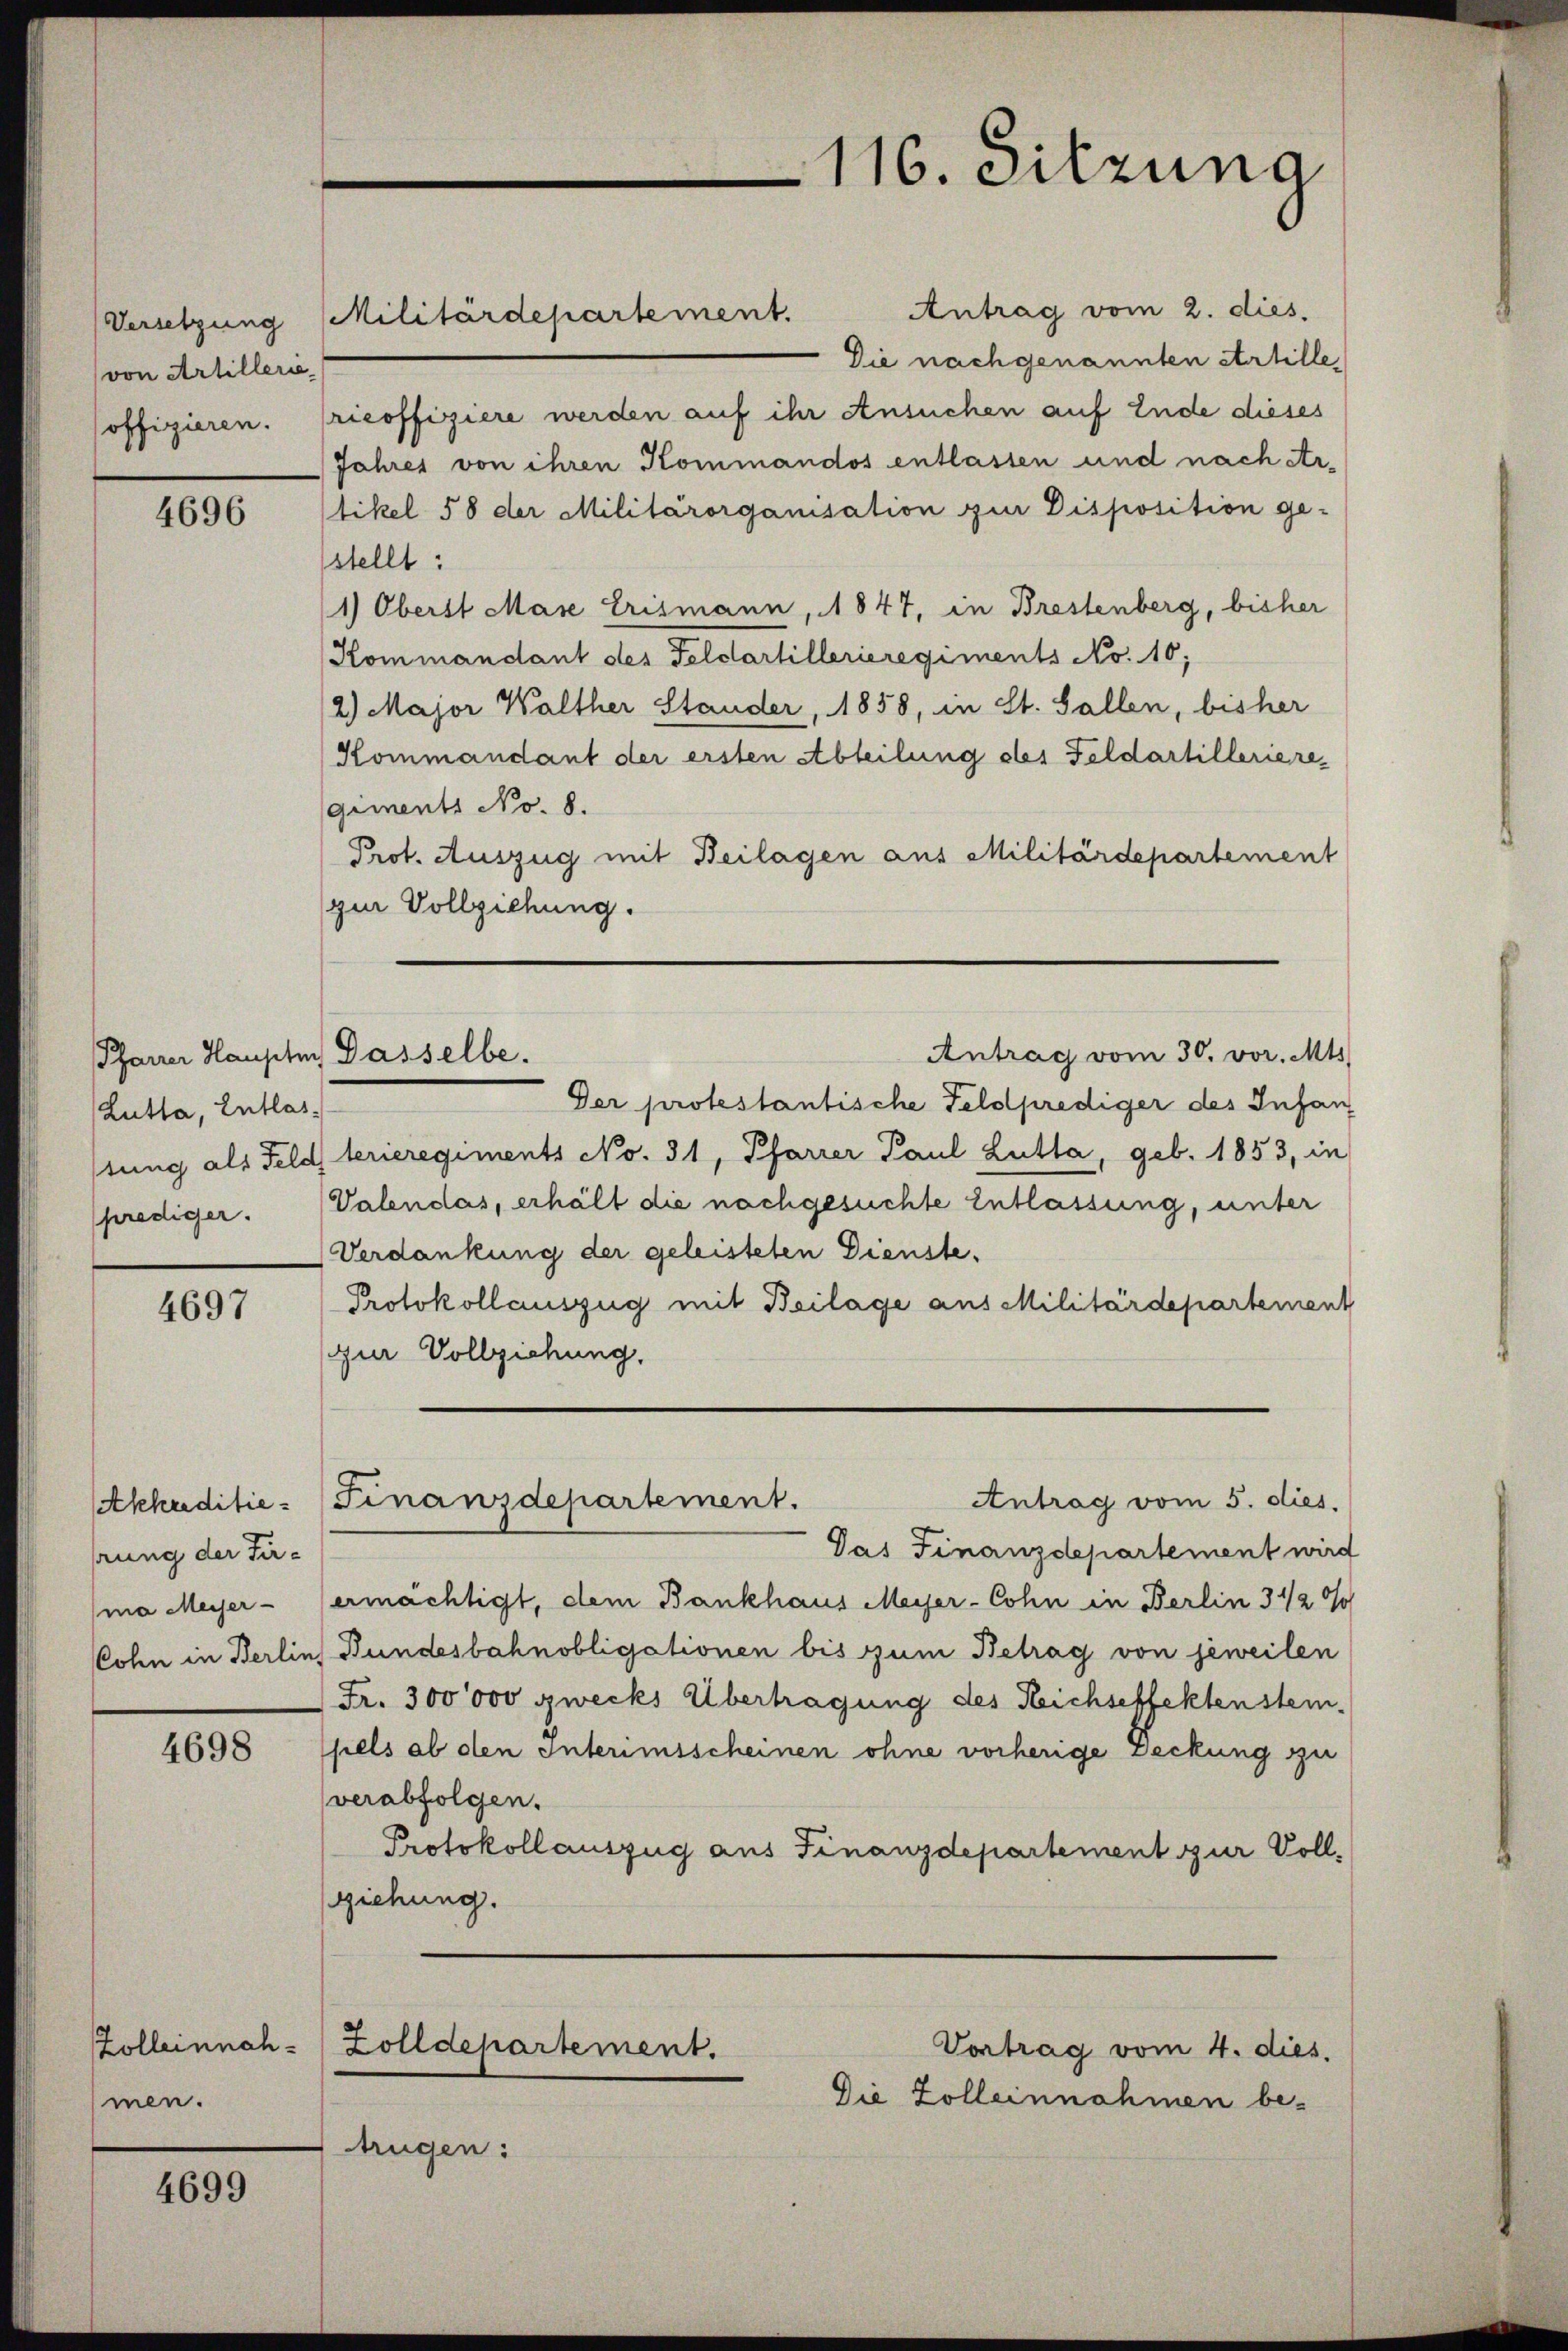
Versetzung
von Artillerie
offizieren.

4696

Pfarrer Haupten Dasselbe.
(Lutta, Entlasstung als Feld

4697

Akkreditie
prung der Firma Meiser-
Cohn in Berlin

4698

Zolleinnahmen.

4699

Militärdepartement.

trügen:

1
16. Sitzung

Antrag vom 2. dies.
Die nach genannten Artille,
ricoffiziere werden auf ihr Ansuchen auf Ende dieses
Jahres von ihren Kommandos entlassen und nach Ar
tikel 58 der Militärorganisation zur Disposition ge-
stellt:
1) Oberst Mase Erismann, 1847, in Brestenberg, bisher
Kommandant des Feldartillerieregiments No. 10;
2) Major Walther Stander, 1858, in St. Gallen, bisher
Kommandant der ersten Abteilung ober Feldartilleriere,
giments No. 8.
Prot. Auszug mit Beilagen aus Militärdepartement
zur Vollziehung.
Antrag vom 30. vor. Mts.
Der protestantische Feldprediger des Infan
terieregiments No. 31, Pfarrer Paul Lutta, geb. 1853, in
prediger. Valendas, erhält die nachgesuchte Entlassung, unter
Verdankung der geleisteten Dienste.
Protokollauszug mit Beilage aus Militärdepartement
zur Vollziehung,
Antrag vom 5. dies.
Finanzdepartement.
Das Finanzdepartement wird
ermächtigt, dem Bankhaus Meyer-Cohn in Berlin 342 0/
Bundesbahnobligationen bis zum Betrag von jeweilen
Fr. 300000 zwecks Übertragung des Reichseffektenstein.
pels ab den Interimsscheinen ohne vorherige Deckung zu
verabfolgen.
Protokollauszug aus Finanzdepartement zur Voll-
ziehung.

Zolldepartement.

Vortrag vom 4. dies.
Die Zolleinnahmen be-